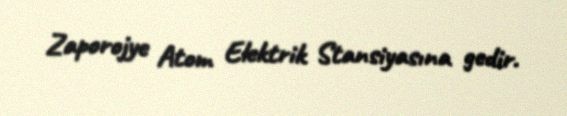
Zaporojye Atom Elektrik Stansiyasına gedir.